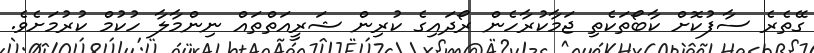
ގޭތެރެ ސާފުކޮށް ކާބޯތަކެތި ޖަމާކުރާހެން ރޯދައިގެ ކުރިން ޝަރީއަތްތައް ނިންމާލާ ހުކުމް ކުރުމަށެވެ.